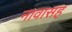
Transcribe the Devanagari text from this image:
नावासह